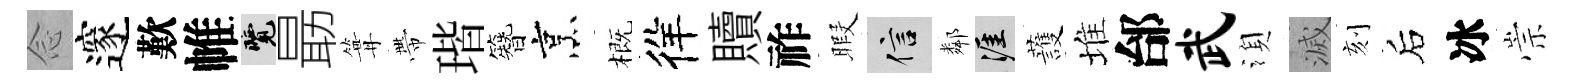
𫝹邃歎帷覽朂篝帶瑎簪烹概徉贖祚暇信鄰涯䕶堆邰武湏滅刻后冰崇